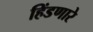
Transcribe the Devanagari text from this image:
हिंडणारे